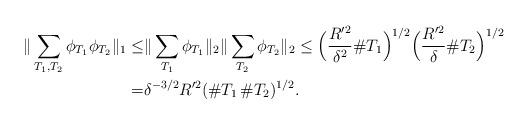
LaTeX: \begin{align*}\|\sum_{T_1,T_2}\phi_{T_1}\phi_{T_2}\|_{1} \leq&\|\sum_{T_1}\phi_{T_1}\|_2\|\sum_{T_2}\phi_{T_2}\|_{2}\leq \Big(\frac{R'^2}{\delta^2}\#T_1\Big)^{1/2} \Big(\frac{R'^2}{\delta} \# T_2\Big)^{1/2}\\=& \delta^{-3/2} R'^2(\# T_1\, \# T_2)^{1/2}. \end{align*}